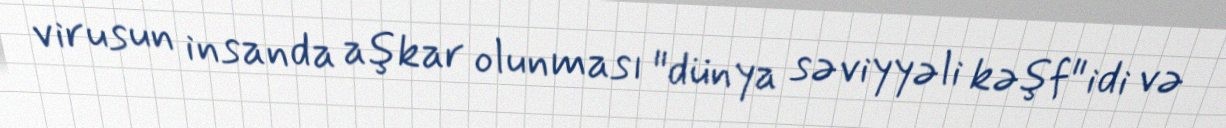
virusun insanda aşkar olunması "dünya səviyyəli kəşf" idi və